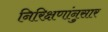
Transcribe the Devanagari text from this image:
निरिक्षणांनुसार